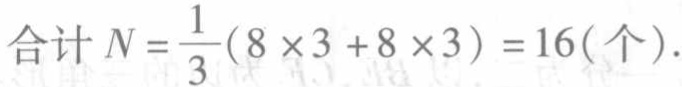
\(合计\ N = \frac{1}{3}(8\times3 + 8\times3)=16(个).\)